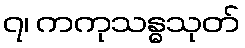
၇၊ ကကုသန္ဓသုတ်